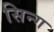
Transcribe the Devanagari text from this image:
सिन्ग